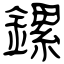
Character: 鏍